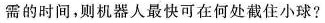
需的时间，则机器人最快可在何处截住小球？